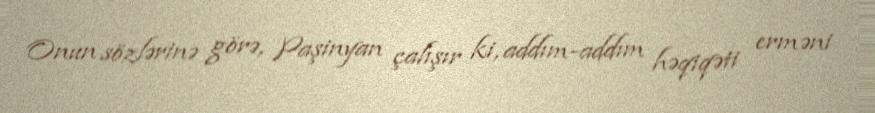
Onun sözlərinə görə, Paşinyan çalışır ki, addım-addım həqiqəti erməni